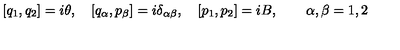
[ q _ { 1 } , q _ { 2 } ] = i \theta , \quad [ { q } _ { \alpha } , { p } _ { \beta } ] = i \delta _ { \alpha \beta } , \quad [ p _ { 1 } , p _ { 2 } ] = i B , \quad \quad \alpha , \beta = 1 , 2